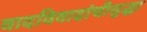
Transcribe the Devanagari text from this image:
वादविवादांचीसुद्धा